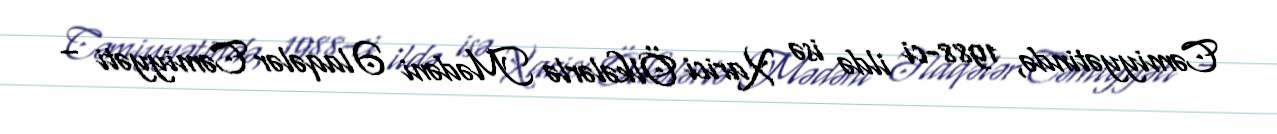
Cəmiyyətində, 1988-ci ildə isə Xarici Ölkələrlə Mədəni Əlaqələr Cəmiyyəti –